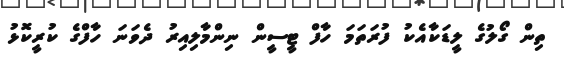
ތިން ގޯލުގެ ލީޑަކާއެކު ފުރަތަމަ ހާފް ޓީސީން ނިންމާލިއިރު ދެވަނަ ހާފްގެ ކުރީކޮޅު